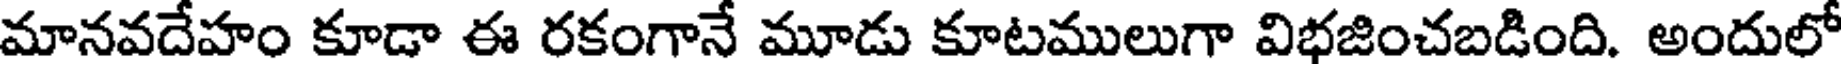
మానవదేహం కూడా ఈ రకంగానే మూడు కూటములుగా విభజించబడింది. అందులో